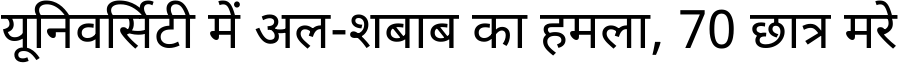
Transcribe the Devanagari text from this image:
यूनिवर्सिटी में अल-शबाब का हमला, 70 छात्र मरे